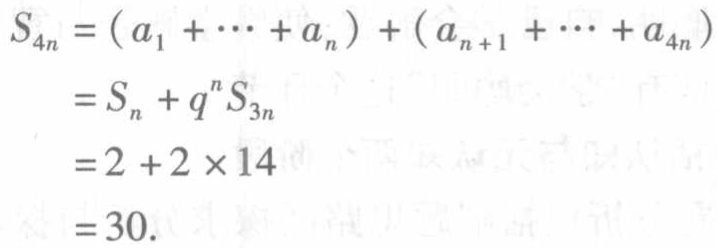
\[
\begin{align*}
S_{4n}&=(a_1 + \cdots + a_n)+(a_{n + 1}+\cdots + a_{4n})\\
&=S_n+q^nS_{3n}\\
&=2 + 2\times14\\
&=30.
\end{align*}
\]